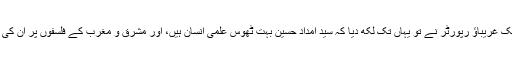
انگریزی کے ایک غریباؤ رپورٹر نے تو یہاں تک لکھ دیا کہ سیّد امداد حسین بہت ٹھوس علمی انسان ہیں، اور مشرق و مغرب کے فلسفوں پر ان کی گہری نظر ہے۔